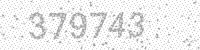
Solution: 379743